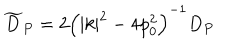
\widetilde { D } _ { P } = 2 \left( \left| k \right| ^ { 2 } - 4 p _ { 0 } ^ { 2 } \right) ^ { - 1 } D _ { P }